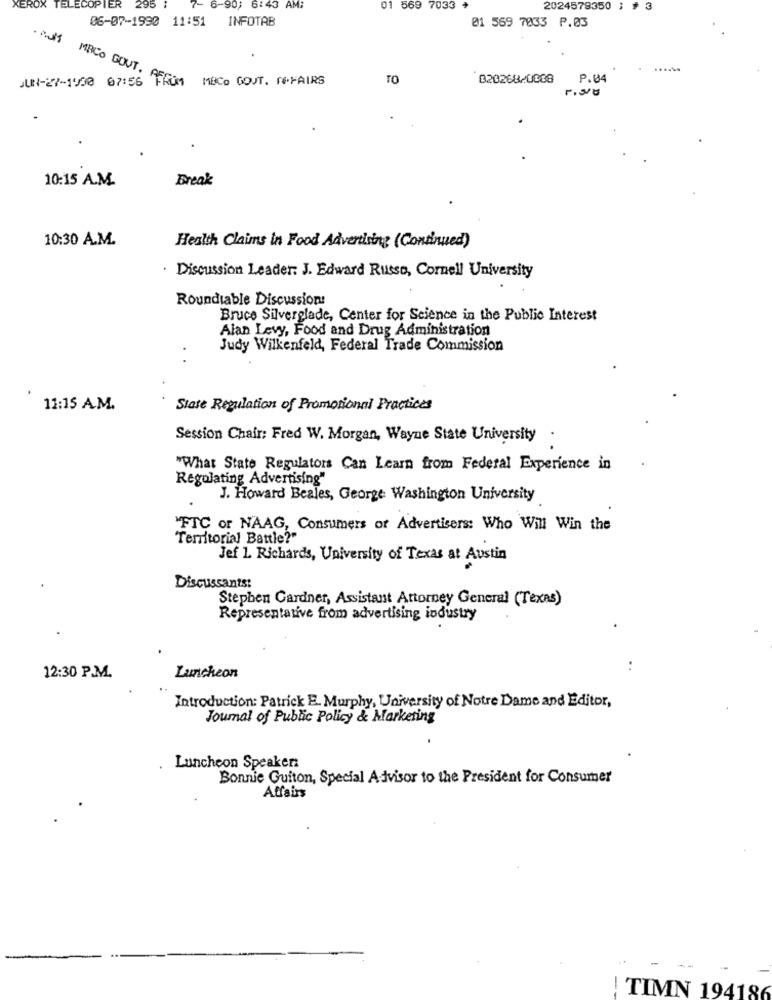
XEROX TELECOPIER
295
7- 6-90; 6:43 AM:
01 5
569 7033
2024579350 ; # 3
06-07-1990 11:51
INFOTAB
01 569 7033 P.03
MACO GOVT.
JUN-27-1930 07:56 FROM MBCo GOUT. REPAIRS
TO
82026820088 P.04
10:15 A.M.
Break
10:30 A.M.
Health Claims in Food Advertising (Continued)
. Discussion Leader: J. Edward Russo, Cornell University
Roundtable Discussion:
Bruce Silverglade, Center for Science in the Public Interest
Alan Levy, Food and Drug Administration
Judy Wilkenfeld, Federal Trade Commission
11:15 AM.
State Regulation of Promotional Practices
Session Chair: Fred W. Morgan, Wayne State University .
"What State Regulators Can Learn from Federal Experience in
Regulating Advertising"
J. Howard Beales, George Washington University
"FTC or NAAG, Consumers of Advertisers: Who Will Win the
Territorial Battle?"
Jef 1. Richards, University of Texas at Austin
Discussants:
Stephen Gardner, Assistant Attorney General (Texas)
Representative from advertising industry
..
12:30 P.M.
Luncheon
Introduction: Patrick E. Murphy, University of Notre Dame and Editor,
Journal of Public Policy & Marketing
Luncheon Speaker:
Bonnie Guiton, Special Advisor to the President for Consumer
Affairs
! TIMN 194186